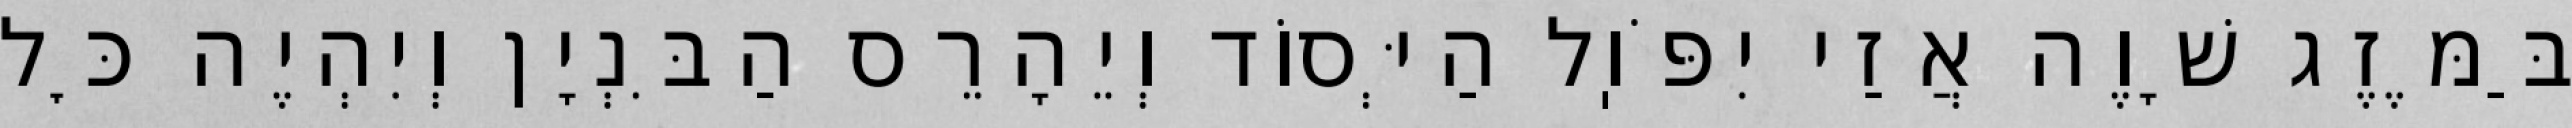
בַּמֶּזֶג שָׁוֶה אֲזַי יִפֹּוֽל הַיְּסוֹד וְיֵהָרֵס הַבִּנְיָן וְיִהְיֶה כׇּל